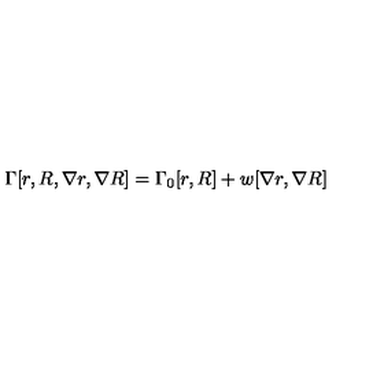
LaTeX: \Gamma [ r , R , \nabla r , \nabla R ] = \Gamma _ { 0 } [ r , R ] + w [ \nabla r , \nabla R ]